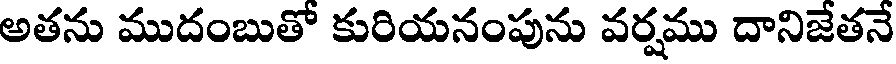
అతను ముదంబుతో కురియనంపును వర్షము దానిజేతనే